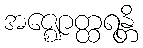
အဇ္ဈောတ္ထရန္တိ